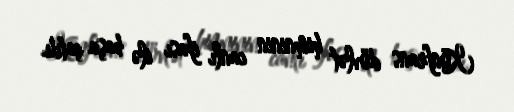
Konfrans dövlət himninin canlı ifası ilə başa çatdı.